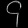
Digit: ၄